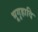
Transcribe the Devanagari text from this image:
भूगृहादि